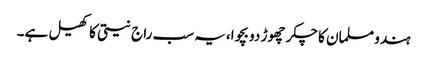
ہندو مسلمان کا چکر چھوڑ دو بچوا،یہ سب راج نیتی کا کھیل ہے۔